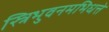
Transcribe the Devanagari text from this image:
स्त्रिभुवनमभिधत्ते